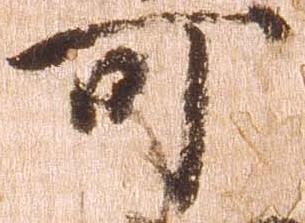
可